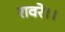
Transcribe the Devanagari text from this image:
रावरे।।